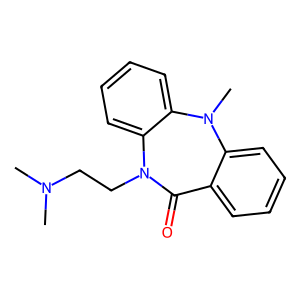
SMILES: CN(C)CCN1C(=O)c2ccccc2N(C)c2ccccc21
Inhibits HIV replication: No